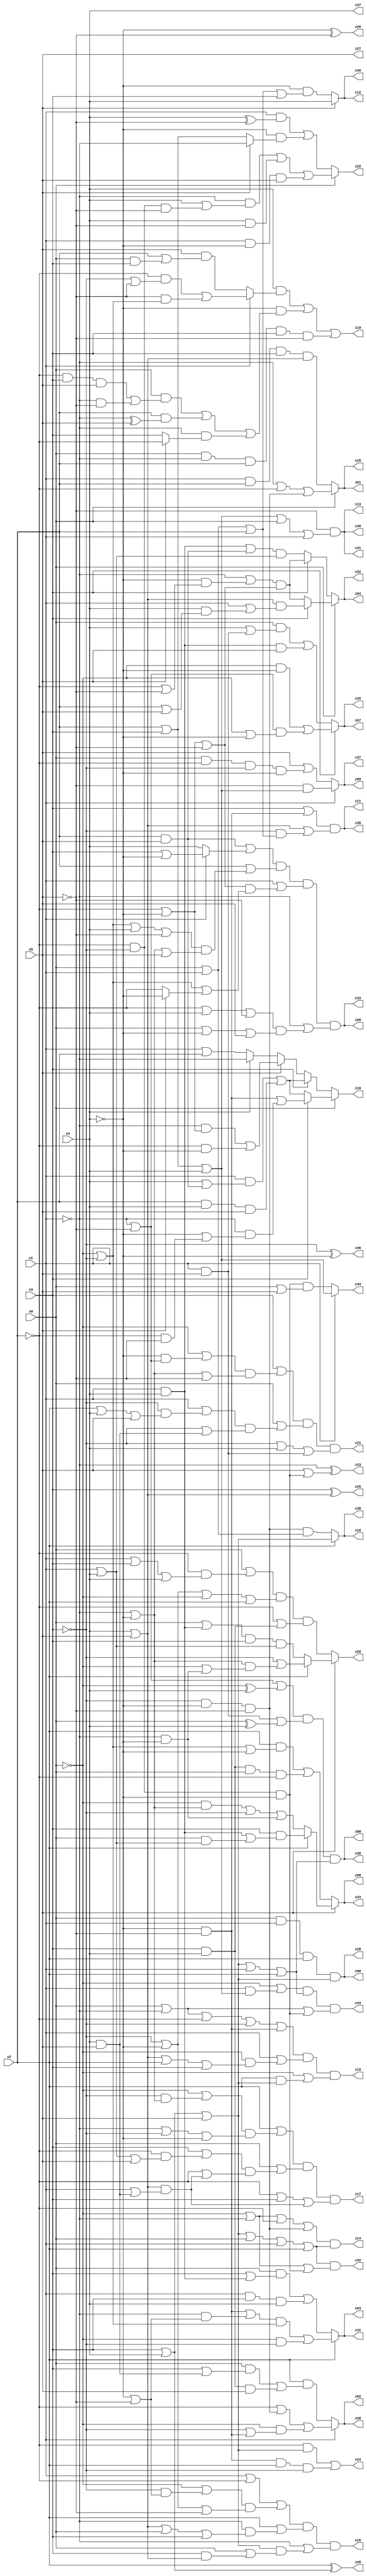
// Benchmark "q_6" written by ABC on Mon Feb 27 04:50:34 2023

module q_6 ( 
    x0, x1, x2, x3, x4, x5,
    z00, z01, z02, z03, z04, z05, z06, z07, z08, z09, z10, z11, z12, z13,
    z14, z15, z16, z17, z18, z19, z20, z21, z22, z23, z24, z25, z26, z27,
    z28, z29, z30, z31, z32, z33, z34, z35, z36, z37, z38, z39, z40, z41,
    z42, z43, z44, z45, z46, z47, z48  );
  input  x0, x1, x2, x3, x4, x5;
  output z00, z01, z02, z03, z04, z05, z06, z07, z08, z09, z10, z11, z12, z13,
    z14, z15, z16, z17, z18, z19, z20, z21, z22, z23, z24, z25, z26, z27,
    z28, z29, z30, z31, z32, z33, z34, z35, z36, z37, z38, z39, z40, z41,
    z42, z43, z44, z45, z46, z47, z48;
  assign z00 = x0 & x1 & x2 & (x3 | x4 | x5);
  assign z01 = x0 ? (~x1 | ~x2 | (~x3 & ~x4 & ~x5)) : (x1 & x2 & x3 & (x4 | x5));
  assign z02 = x1 ? (~x2 | (~x3 & ~x4 & ~x5) | (~x0 & (~x3 | (~x4 & ~x5)))) : (x2 & ((x0 & (x3 | (x4 & x5))) | (x3 & x4 & x5)));
  assign z03 = x2 ? ((((~x4 & ~x5) | (~x1 & (~x4 | ~x5))) & (~x0 | ~x3)) | (~x0 & ~x3)) : ((x0 & (x3 | (x1 & x4))) | (x1 & x3 & x4));
  assign z04 = x0 ? (x3 ? ((x4 | x5) & (x1 | (x4 & (x2 | x5)))) : ((~x1 | (~x4 & (~x2 | ~x5))) & (~x2 | ~x4 | ~x5))) : (x3 ? ((~x1 | (~x4 & (~x2 | ~x5))) & (~x2 | ~x4 | ~x5)) : (((x1 & x4) | (x2 & x5)) & (x1 | x4)));
  assign z05 = ((x2 & x5) | (x1 ? (x3 | ~x4) : x4)) & (x2 | ((~x0 | ~x3 | x4 | ~x5) & (~x1 | ~x4 | x5))) & (x1 | ((~x2 | ~x4 | ~x5) & (~x0 | ~x3 | (x5 ? ~x4 : ~x2)))) & (~x1 | ((~x2 | x4 | ~x5) & (x0 | ~x4 | x5)));
  assign z06 = x5 ? (x2 ? (x3 & ((x1 & x4) | (x0 & (x1 | x4)))) : ((~x0 & (~x1 | ~x4)) | ~x3 | (~x1 & ~x4))) : ((x2 & (~x0 | ~x3 | ~x4)) | (x3 & x4 & x0 & ~x2));
  assign z07 = x3 ? ((~x0 & ~x4) | ((~x1 | ~x5) & (~x0 | ~x4))) : ((x0 & (x4 | (x1 & x5))) | (x1 & x4 & x5));
  assign z08 = (~x1 | ~x5 | (~x0 ^ x4)) & ((x1 & x5) | (x0 ^ x4)) & (x3 | x4 | x5 | x1 | x2);
  assign z09 = x1 ? (~x5 & (x2 | x3 | x4)) : (x5 | (x0 & ~x2 & ~x3 & ~x4));
  assign z10 = x2 ? (x3 | x4 | x5) : (~x3 & ~x4 & ~x5 & (x0 | x1));
  assign z11 = (x3 | (~x4 & ~x5)) & (x4 | x5 | (~x3 & (x0 | x1 | x2)));
  assign z12 = x5 ? x4 : (~x4 & (x0 | x1 | x2 | x3));
  assign z13 = ~x5 & (x2 | x3 | x4 | x0 | x1);
  assign z14 = (~x0 | ~x1 | ~x2 | (~x3 & ~x4 & ~x5)) & (x3 | x4 | x5 | x0 | x1 | x2);
  assign z15 = (x0 | ~x1 | ~x2 | ~x3 | (~x4 & ~x5)) & (x1 | (~x0 & (x4 | x5 | x2 | x3))) & (~x0 | (x2 & (x3 | x4 | x5)));
  assign z16 = (x1 | ~x2 | ((~x0 | (~x3 & (~x4 | ~x5))) & (~x3 | ~x4 | ~x5))) & (x2 | (~x1 & (x4 | x5 | x0 | x3))) & (~x1 | ((x3 | x4 | x5) & (x0 | (x3 & (x4 | x5)))));
  assign z17 = (x2 | ((~x0 | (~x3 & (~x1 | ~x4))) & (~x1 | ~x3 | ~x4))) & (x0 | ((x3 | (~x2 & (x1 | x4 | x5))) & (~x2 | ((x4 | x5) & (x1 | (x4 & x5)))))) & (~x2 | x3 | ((x4 | x5) & (x1 | (x4 & x5))));
  assign z18 = x0 ? (x3 ? ((~x4 & ~x5) | (~x1 & (~x4 | (~x2 & ~x5)))) : ((x1 & (x4 | (x2 & x5))) | (x2 & x4 & x5))) : (x3 ? ((x1 & (x4 | (x2 & x5))) | (x2 & x4 & x5)) : (x5 ? ((~x1 & (~x2 | ~x4)) | (~x2 & ~x4)) : (x4 ? ~x1 : (x1 | x2))));
  assign z19 = (x4 & (x1 ? ((~x2 & (~x3 | ~x5)) | (~x5 & (~x0 | ~x3))) : (x5 & (x2 | (x0 & x3))))) | (~x4 & ((x0 & ((~x2 & x3 & x5) | (~x1 & ~x5))) | (x2 & (~x1 ^ x5)) | (~x1 & (x5 ? ~x2 : x3)))) | (x0 & ~x1 & x2 & x3 & ~x5);
  assign z20 = x5 ? (x2 ? (~x3 | ((~x1 | ~x4) & (~x0 | (~x1 & ~x4)))) : ((x0 | (x1 & x4)) & x3 & (x1 | x4))) : ((x0 | (~x2 & (x1 | x3 | x4))) & (~x3 | ~x4 | ~x0 | x2) & (~x2 | (x3 & x4)));
  assign z21 = (x3 | ((~x0 | (~x4 & (~x1 | ~x5))) & (~x1 | ~x4 | ~x5))) & (x0 | ((x1 | (~x3 & (x2 | x4 | x5))) & (~x3 | (x4 & x5)))) & (~x3 | x4 | (x1 & x5));
  assign z22 = x0 ? ((~x1 & (x4 | (~x2 & ~x3 & ~x5))) | (x4 & ~x5) | (x1 & ~x4 & x5)) : ((x1 & (x4 ^ ~x5)) | (~x4 & (x5 ? ~x1 : (x2 | x3))));
  assign z23 = ~x1 ^ (x5 | (~x2 & ~x3 & ~x4));
  assign z24 = (~x2 & (x3 | x4 | x5)) | (~x4 & ~x5 & x2 & ~x3);
  assign z25 = x3 ^ (x4 | x5);
  assign z26 = ~x4 ^ ~x5;
  assign z42 = (x3 | x4 | x5 | x0 | x1 | x2) & (~x0 | ~x1 | (~x2 & ~x3 & ~x4));
  assign z43 = (~x0 | (x1 & (x2 | x3 | x4))) & (x3 | x4 | x5 | x1 | x2) & (x0 | ~x1 | (~x2 & ~x3 & ~x4));
  assign z44 = x1 ? (x2 | x3 | x4) : (~x2 & ~x3 & ~x4 & (x0 | x5));
  assign z45 = x2 ^ (x3 | x4);
  assign z46 = ~x3 ^ ~x4;
  assign z27 = x5;
  assign z28 = x0 & x1 & x2 & (x3 | x4 | x5);
  assign z29 = x0 ? (~x1 | ~x2 | (~x3 & ~x4 & ~x5)) : (x1 & x2 & x3 & (x4 | x5));
  assign z30 = x1 ? (~x2 | (~x3 & ~x4 & ~x5) | (~x0 & (~x3 | (~x4 & ~x5)))) : (x2 & ((x0 & (x3 | (x4 & x5))) | (x3 & x4 & x5)));
  assign z31 = x2 ? ((((~x4 & ~x5) | (~x1 & (~x4 | ~x5))) & (~x0 | ~x3)) | (~x0 & ~x3)) : ((x0 & (x3 | (x1 & x4))) | (x1 & x3 & x4));
  assign z32 = x0 ? (x3 ? ((x4 | x5) & (x1 | (x4 & (x2 | x5)))) : ((~x1 | (~x4 & (~x2 | ~x5))) & (~x2 | ~x4 | ~x5))) : (x3 ? ((~x1 | (~x4 & (~x2 | ~x5))) & (~x2 | ~x4 | ~x5)) : (((x1 & x4) | (x2 & x5)) & (x1 | x4)));
  assign z33 = ((x2 & x5) | (x1 ? (x3 | ~x4) : x4)) & (x2 | ((~x0 | ~x3 | x4 | ~x5) & (~x1 | ~x4 | x5))) & (x1 | ((~x2 | ~x4 | ~x5) & (~x0 | ~x3 | (x5 ? ~x4 : ~x2)))) & (~x1 | ((~x2 | x4 | ~x5) & (x0 | ~x4 | x5)));
  assign z34 = x5 ? (x2 ? (x3 & ((x1 & x4) | (x0 & (x1 | x4)))) : ((~x0 & (~x1 | ~x4)) | ~x3 | (~x1 & ~x4))) : ((x2 & (~x0 | ~x3 | ~x4)) | (x3 & x4 & x0 & ~x2));
  assign z35 = x3 ? ((~x0 & ~x4) | ((~x1 | ~x5) & (~x0 | ~x4))) : ((x0 & (x4 | (x1 & x5))) | (x1 & x4 & x5));
  assign z36 = (~x1 | ~x5 | (~x0 ^ x4)) & ((x1 & x5) | (x0 ^ x4)) & (x3 | x4 | x5 | x1 | x2);
  assign z37 = x1 ? (~x5 & (x2 | x3 | x4)) : (x5 | (x0 & ~x2 & ~x3 & ~x4));
  assign z38 = x2 ? (x3 | x4 | x5) : (~x3 & ~x4 & ~x5 & (x0 | x1));
  assign z39 = (x3 | (~x4 & ~x5)) & (x4 | x5 | (~x3 & (x0 | x1 | x2)));
  assign z40 = x5 ? x4 : (~x4 & (x0 | x1 | x2 | x3));
  assign z41 = ~x5 & (x2 | x3 | x4 | x0 | x1);
  assign z47 = x4;
  assign z48 = ~x5 & (x2 | x3 | x4 | x0 | x1);
endmodule